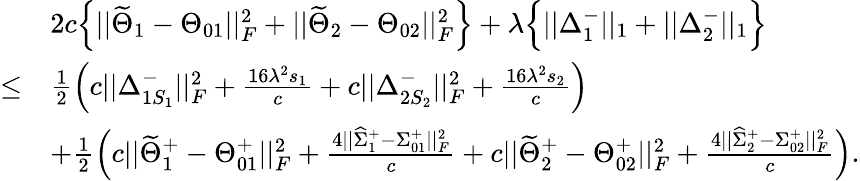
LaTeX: \begin{array}{rl}&{2c\Big\{ ||\widetilde{\Theta}_{1}-\Theta_{01}||_{F}^{2}+||\widetilde{\Theta}_{2}-\Theta_{02}||_{F}^{2}\Big\} +\lambda\Big\{ ||\Delta_{1}^{-}||_{1}+||\Delta_{2}^{-}||_{1}\Big\} }\\ {\leq}&{\frac{1}{2}\Big(c||\Delta_{1S_{1}}^{-}||_{F}^{2}+\frac{16\lambda^{2}s_{1}}{c}+c||\Delta_{2S_{2}}^{-}||_{F}^{2}+\frac{16\lambda^{2}s_{2}}{c}\Big)}\\ &{+\frac{1}{2}\Big(c||\widetilde{\Theta}_{1}^{+}-\Theta_{01}^{+}||_{F}^{2}+\frac{4||\widehat{\Sigma}_{1}^{+}-\Sigma_{01}^{+}||_{F}^{2}}{c}+c||\widetilde{\Theta}_{2}^{+}-\Theta_{02}^{+}||_{F}^{2}+\frac{4||\widehat{\Sigma}_{2}^{+}-\Sigma_{02}^{+}||_{F}^{2}}{c}\Big).}\end{array}